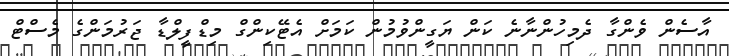
އާސެން ވެންގާ ދެމިހުންނާނެ ކަން ޔަގީންވުމުން ކަމަށް އެޓޭކިންގް މިޑްފީލްޑާ ޖަރުމަންގެ މެސްޓް